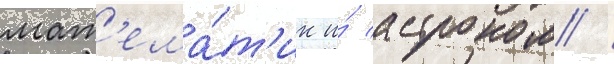
мат'ема́т'ик и́ астроном /